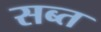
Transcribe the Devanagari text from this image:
सब्त